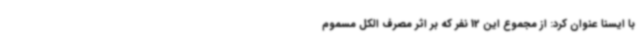
با ایسنا عنوان کرد: از مجموع این 12 نفر که بر اثر مصرف الکل مسموم